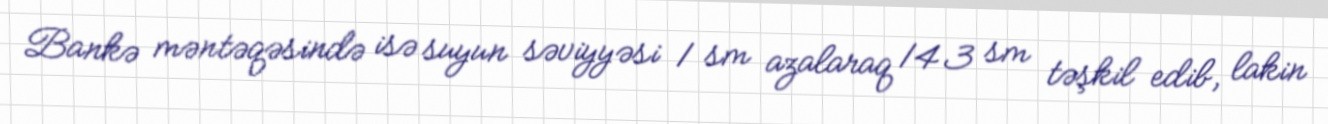
Bankə məntəqəsində isə suyun səviyyəsi 1 sm azalaraq 143 sm təşkil edib, lakin